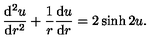
\frac { \mathrm { d } ^ { 2 } u } { \mathrm { d } r ^ { 2 } } + \frac { 1 } { r } \frac { \mathrm { d } u } { \mathrm { d } r } = 2 \sinh 2 u .